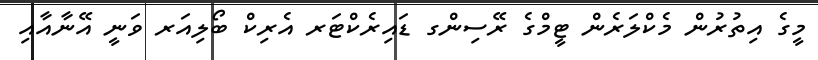
މީގެ އިތުރުން މެކްލަރެން ޓީމްގެ ރޭސިންގ ޑައިރެކްޓަރ އެރިކް ބޯލިއަރ ވަނީ އޭނާއާއި